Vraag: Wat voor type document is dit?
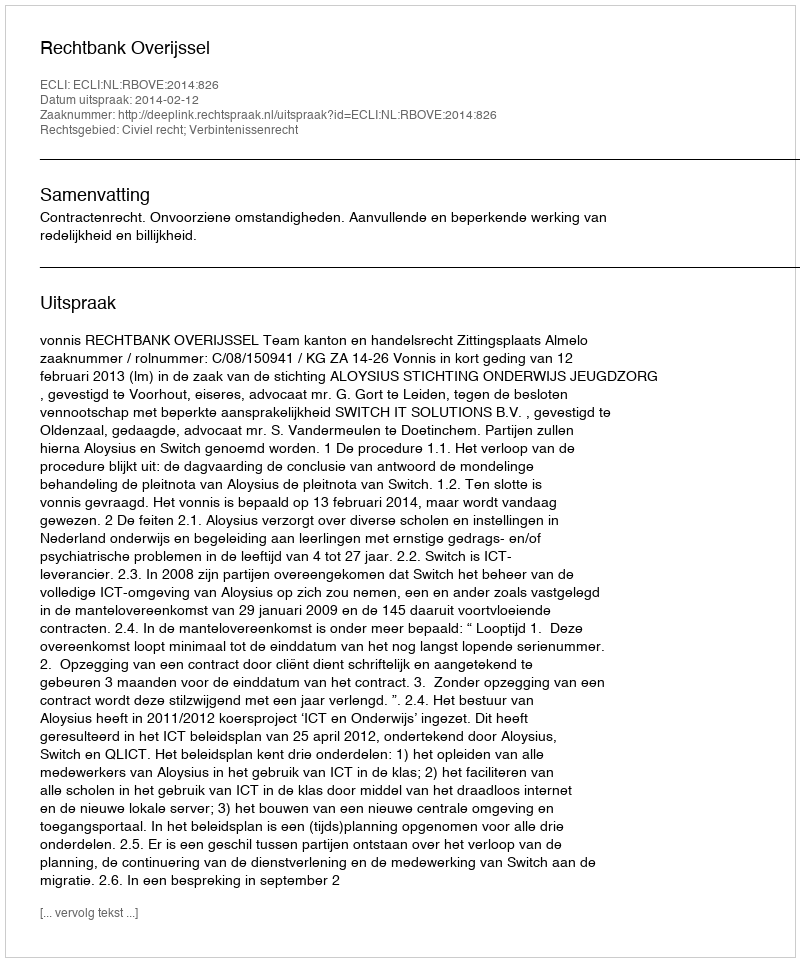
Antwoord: Uitspraak